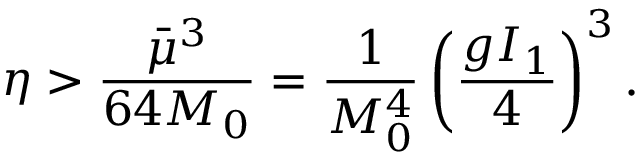
\eta > \displaystyle \frac { \bar { \mu } ^ { 3 } } { 6 4 M _ { 0 } } = \displaystyle \frac { 1 } { M _ { 0 } ^ { 4 } } \left( \displaystyle \frac { g I _ { 1 } } { 4 } \right) ^ { 3 } .